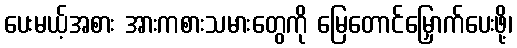
ပေးမယ့်အစား အားကစားသမားတွေကို မြေတောင်မြှောက်ပေးဖို့၊